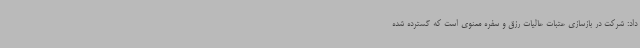
داد: شرکت در بازسازی عتبات عالیات رزق و سفره معنوی است که گسترده شده